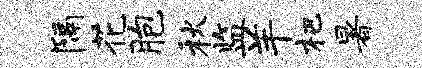
隔花胞秋监羊杷暑